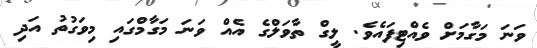
ވަނަ މަގާމަށް ވެއްޓިފައެވެ. ލީގް ތާވަލްގެ އެއް ވަނަ މަގާމްގައި މިވަގުތު އަދި